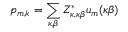
p _ { m , k } = \sum _ { \kappa , \beta } Z _ { \kappa , \kappa \beta } ^ { * } u _ { m } ( \kappa \beta )